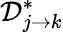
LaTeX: \mathcal{D}_{j\rightarrow k}^{*}